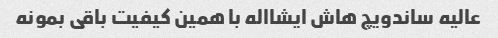
عالیه ساندویچ هاش ایشااله با همین کیفیت باقی بمونه